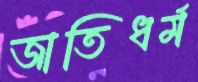
জাতিধর্ম